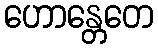
ဟောန္တေတေ